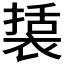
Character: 𮖔